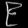
Digit: ၉